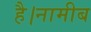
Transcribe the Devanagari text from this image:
है।नामीब